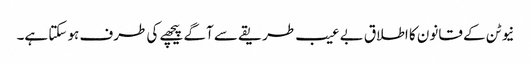
نیوٹن کے قانون کا اطلاق بے عیب طریقے سے آگے پیچھے کی طرف ہو سکتا ہے۔